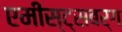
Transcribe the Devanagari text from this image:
एमीस्ट्सबर्ग